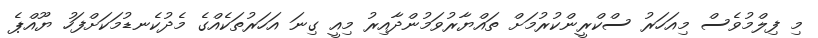
މި ފިލްމުވެސް މިއަހަރު ސްކްރީންކުރުމަށް ތައްޔާރުވަމުންދާއިރު މިއީ ގިނަ އަހަރުތަކެއްގެ މެދުކެނޑުމަކަށްފަހު ޔޫއްޕެ